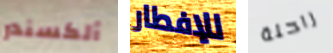
ألكسندر للإفطار راحلة